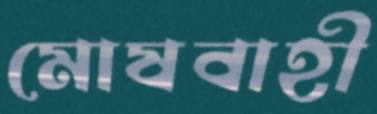
মোষবাহী